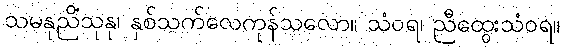
သမနုညိံသုနု၊ နှစ်သက်လေကုန်သလော။ သံဝရ၊ ညီထွေးသံဝရ။